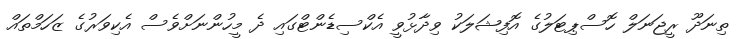
ތިނަދޫ ރީޖަނަލް ހޮސްޕިޓަލުގެ އޮފިޝަލަކު ވިދާޅުވީ އެކްސިޑެންޓްގައި ދެ މީހުންނަށްވެސް އެކިވަރުގެ ޒަހަމްތައް